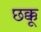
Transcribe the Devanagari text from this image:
छक्कू